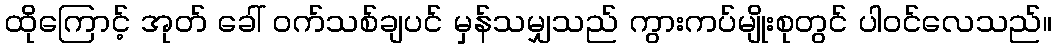
ထိုကြောင့် အုတ် ခေါ် ဝက်သစ်ချပင် မှန်သမျှသည် ကွားကပ်မျိုးစုတွင် ပါဝင်လေသည်။